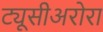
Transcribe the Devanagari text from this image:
ट्यूसीअरोरा